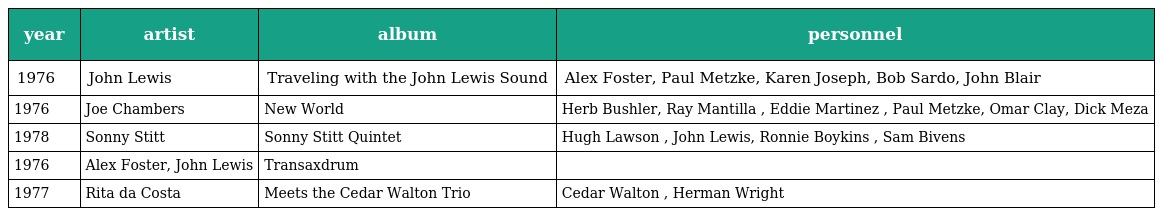
| year | artist | album | personnel |
 | --- | --- | --- | --- |
 | 1976 | John Lewis | Traveling with the John Lewis Sound | Alex Foster, Paul Metzke, Karen Joseph, Bob Sardo, John Blair |
 | 1976 | Joe Chambers | New World | Herb Bushler, Ray Mantilla , Eddie Martinez , Paul Metzke, Omar Clay, Dick Meza |
 | 1978 | Sonny Stitt | Sonny Stitt Quintet | Hugh Lawson , John Lewis, Ronnie Boykins , Sam Bivens |
 | 1976 | Alex Foster, John Lewis | Transaxdrum |  |
 | 1977 | Rita da Costa | Meets the Cedar Walton Trio | Cedar Walton , Herman Wright |